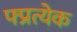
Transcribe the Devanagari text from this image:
फ्प्रत्येक